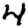
Digit: 4